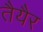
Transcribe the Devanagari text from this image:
तैयैर